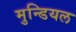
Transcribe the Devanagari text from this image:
मुन्डियल